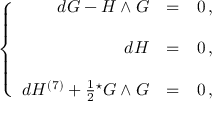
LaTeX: \left\{ \begin{array} { r c l } { { d G - H \wedge G } } & { { = } } & { { 0 \, , } } \\ { { } } & { { } } & { { } } \\ { { d H } } & { { = } } & { { 0 \, , } } \\ { { } } & { { } } & { { } } \\ { { d H ^ { ( 7 ) } + \frac { 1 } { 2 } { } ^ { \star } G \wedge G } } & { { = } } & { { 0 \, , } } \end{array} \right.